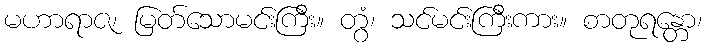
မဟာရာဇ၊ မြတ်သောမင်းကြီး။ တွံ၊ သင်မင်းကြီးကား။ စာတုရန္တော၊